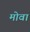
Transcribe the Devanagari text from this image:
मोवा